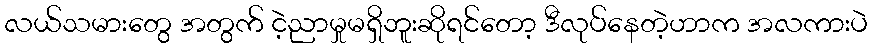
လယ်သမားတွေ အတွက် ငဲ့ညာမှုမရှိဘူးဆိုရင်တော့ ဒီလုပ်နေတဲ့ဟာက အလကားပဲ